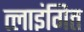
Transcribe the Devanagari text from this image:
त्लाइंगित